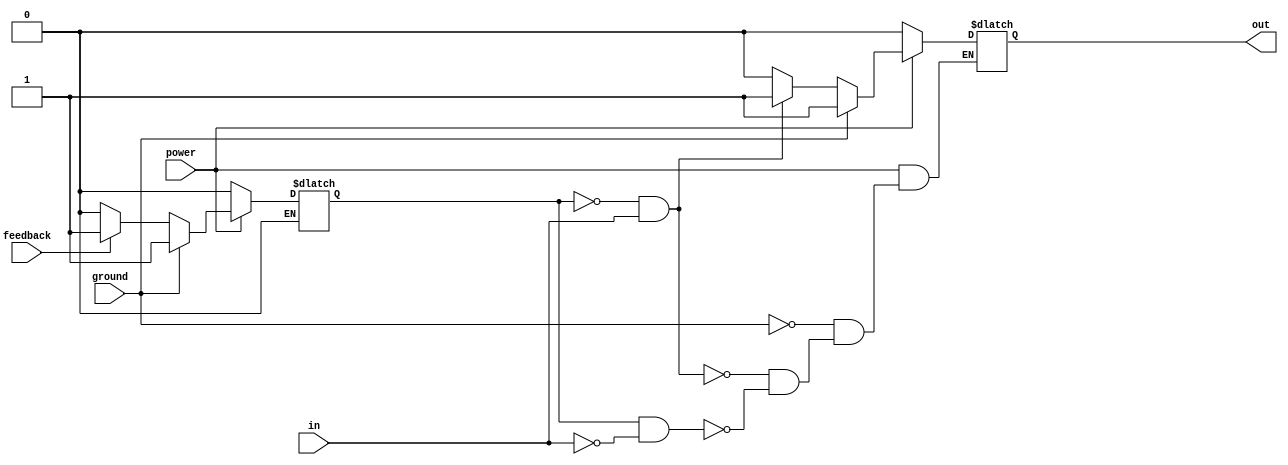
module schmitt_trigger_buffer(
    input wire in,
    output reg out,
    input wire feedback,
    input wire power,
    input wire ground
);

reg schmitt_state;

always @(in or feedback or power or ground) begin
    if (power == 1'b0) begin
        out <= 1'b0;
        schmitt_state <= 1'b0;
    end else if (ground == 1'b1) begin
        out <= 1'b1;
        schmitt_state <= 1'b1;
    end else begin
        if (feedback == 1'b1) begin
            schmitt_state <= 1'b1;
        end else if (feedback == 1'b0) begin
            schmitt_state <= 1'b0;
        end
        
        if (schmitt_state == 1'b0 && in == 1'b1) begin
            out <= 1'b1;
        end else if (schmitt_state == 1'b1 && in == 1'b0) begin
            out <= 1'b0;
        end
    end
end

endmodule